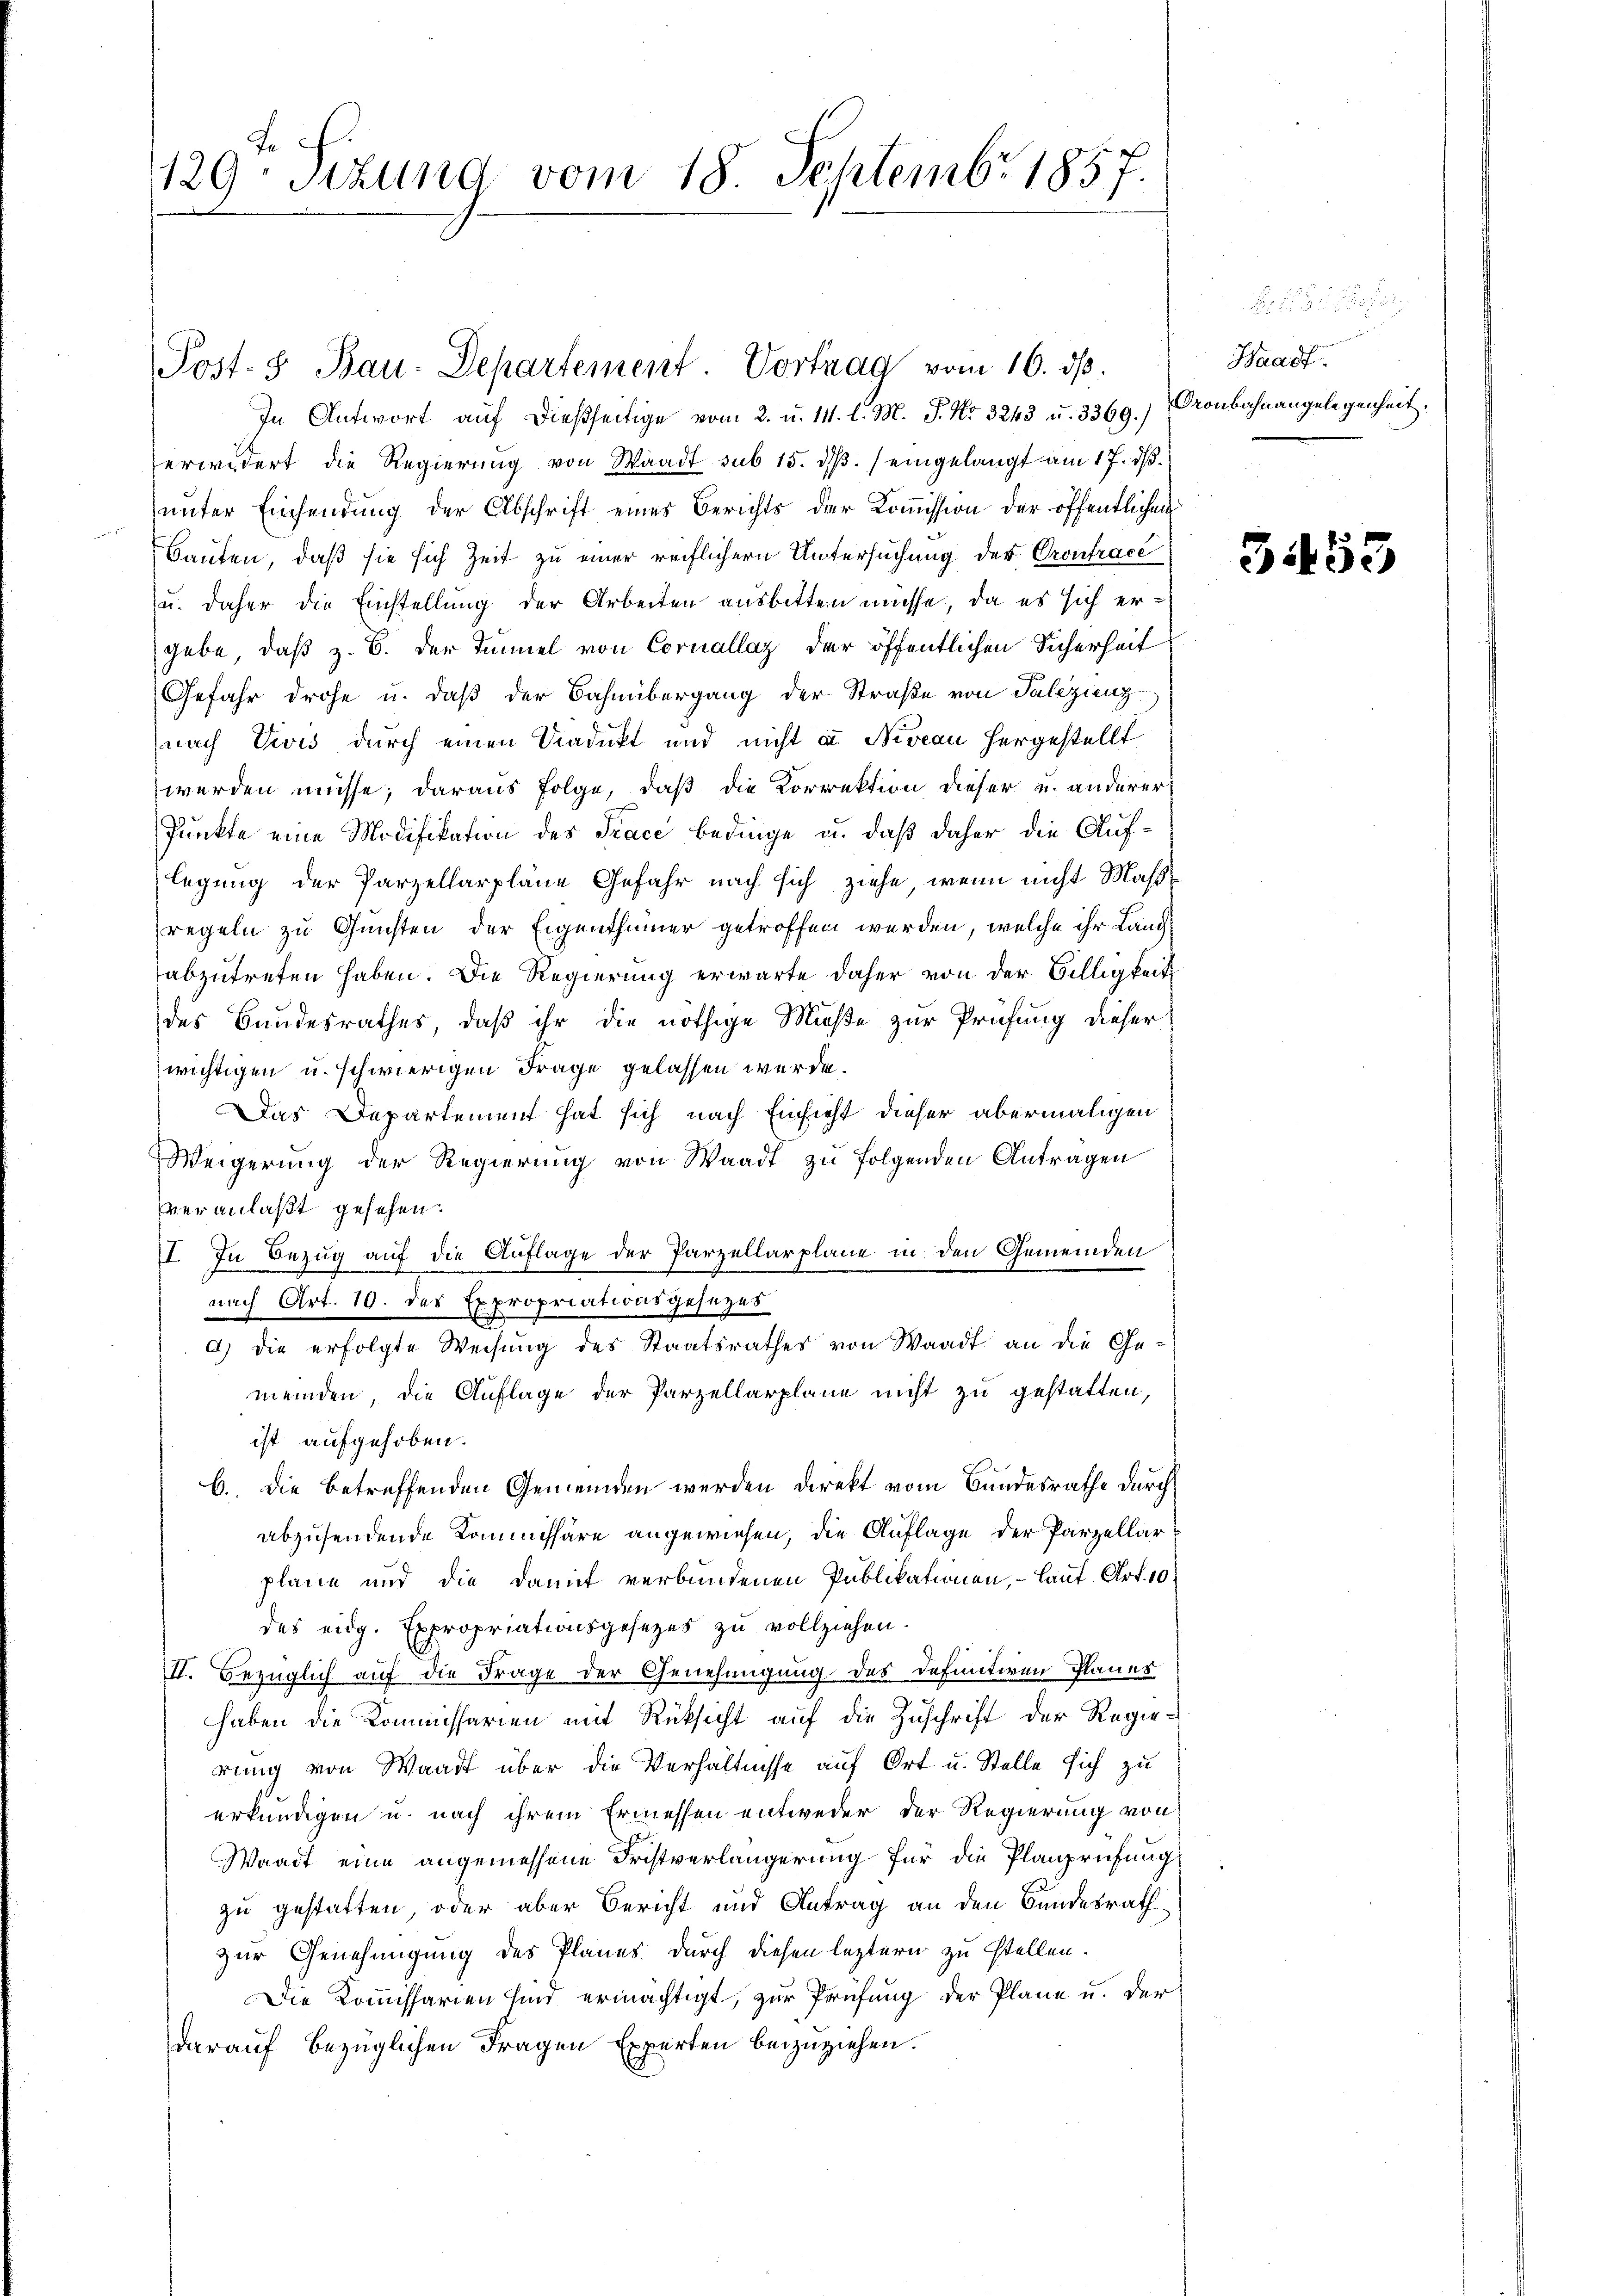
129. Sizung vom 18. Septembr 1857.

Post- & Bau-Departement Vortrag vom 16. dβ.

In Antwort auf dießseitige vom 2. u. 111. l. M. J. No 3248 u. 3369.)
erwidert die Regierung von Waadt sub 15. dβ. / eingelangt am 17. ds.
unter Einsendung der Abschrift eines Berichts der Kommission der öffentlichen
Bauten, daß sie sich Zeit zu einer reiflichern Untersuchung der Prontrace
u. daher die Einstellung der Arbeiten ausbitten müsse, da es sich ergebe, daß z. B. der Tunnel von Cornellaz der öffentlichen Sicherheit
Gefahr drohe u. daß der Bahnübergang der Straße von Palezienz
(nach Divis durch einen Viadukt und nicht u. Niveau hergestellt
werden müsse; daraus folge, daß die Korrektion dieser u. anderer
Punkte eine Modifikation des Trace bedinge u. daß daher die Auflegung der Parzellarpläne Gefahr nach sich ziehe, wenn nicht Maßregeln zu Gunsten der Eigenthümer getroffen werden, welche ihr Landabzutreten haben. Die Regierung erwarte daher von der Billigkeit
des Bundesrathes, daß ihr die nöthige Muße zur Prüfung dieser
wichtigen u. schwierigen Frage gelassen werde.
Das Departement hat sich nach Einsicht dieser abermaligen
Weigerung der Regierŭng von Waadt zu folgenden Antragen
veranlaßt gesehen.
II. In Bezug auf die Auflage der Parzellarplane in den Gemeinden
nach Art. 10. des Expropriationsgesezes
a) die erfolgte Weisung des Staatsrathes von Waadt an die Ge-
meinden, die Auflage der Parzellarplane nicht zu gestatten,
ist aufgehoben.
b. Die betreffenden Gemeinden werden direkt vom Bundesrathe durch
abzusendende Kommissäre angewiesen, die Auflage der Parzellar
plane und die damit verbundenen Publikationen, – lauf Art. 10
des eidg. Expropriationsgesezes zu vollziehen.
II. Bezüglich auf die Frage der Genehmigung des definitiven Planes
haben die Kommissarien mit Rüksicht auf die Zuschrift der Regierung von Waadt über die Verhältnisse auf Ort u. Stelle sich zu
erkundigen u. nach ihrem Ermessen entweder der Regierung von
Waadt eine angemessene Fristverlängerung für die Planprüfung
zu gestatten, oder aber Bericht und Antrag an den Bundesrath
zur Genehmigung des Planes durch diesen leztern zu stellen.
Die Kommissarien sind ermächtigt, zur Prüfung der Pläne u. der
darauf bezüglichen Fragen Experten beizuziehen.

Waadt.
Oronbahnangelegenheit.

3453